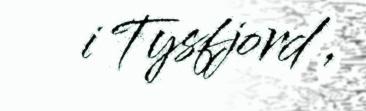
i Tysfjord ,